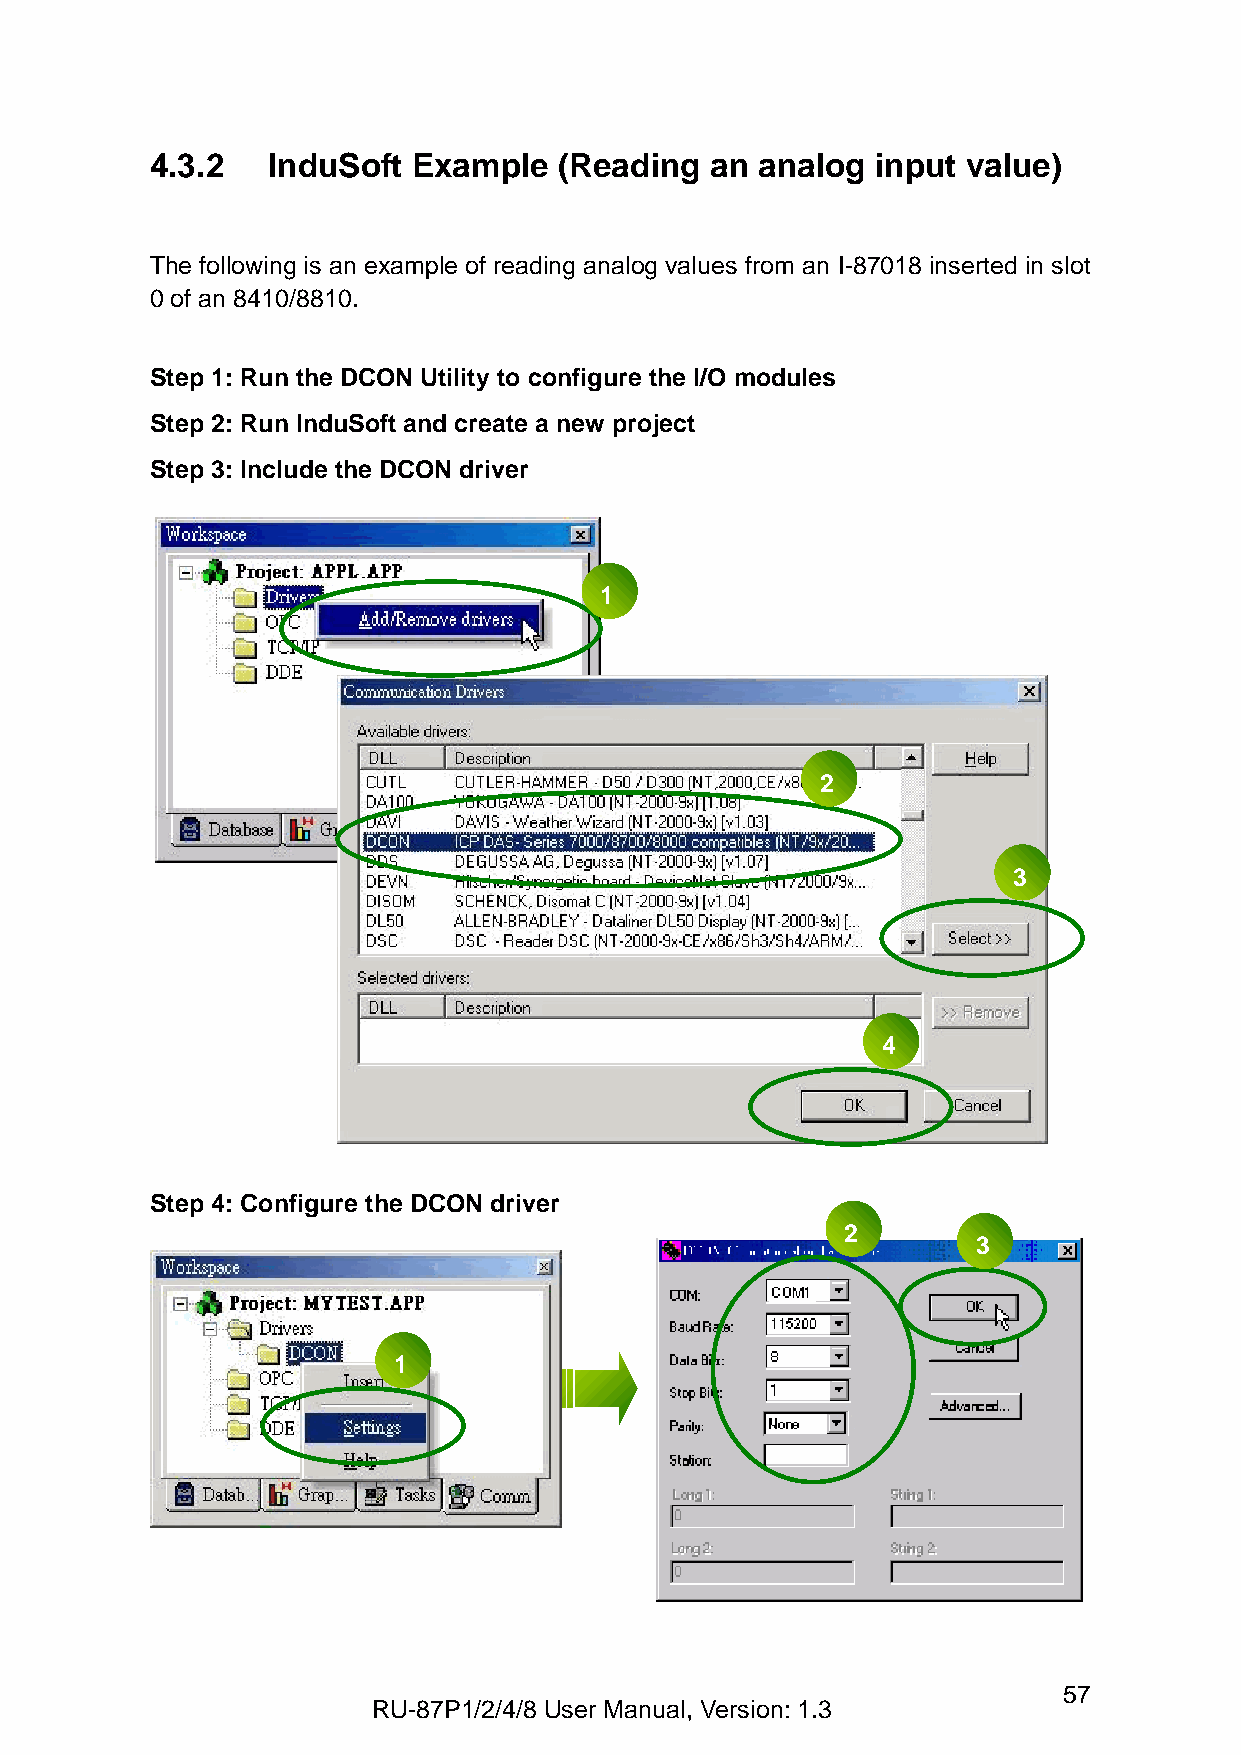
4.3.2   InduSoft Example   (Reading  an analog  input value)
 The following is an example of reading analog values from an I-87018 inserted in slot
 0 of an 8410/8810.
 Step 1: Run the DCON Utility to configure the I/O modules
 Step 2: Run InduSoft and create a new project
 Step 3: Include the DCON driver
 1
 2
 3
 4
 Step 4: Configure the DCON driver
 2
 3
 1
 1
 1
 57
 RU-87P1/2/4/8 User Manual, Version: 1.3